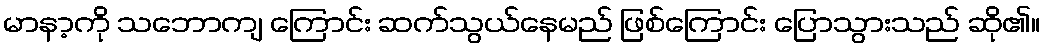
မာနာ့ကို သဘောကျ ကြောင်း ဆက်သွယ်နေမည် ဖြစ်ကြောင်း ပြောသွားသည် ဆို၏။